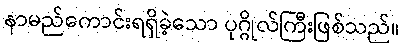
နာမည်ကောင်းရရှိခဲ့သော ပုဂ္ဂိုလ်ကြီးဖြစ်သည်။